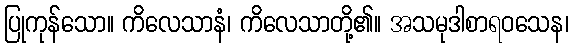
ပြုကုန်သော။ ကိလေသာနံ၊ ကိလေသာတို့၏။ အသမုဒါစာရဝသေန၊